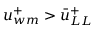
u _ { w m } ^ { + } > \bar { u } _ { L L } ^ { + }